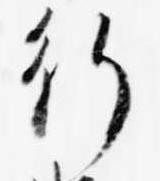
行